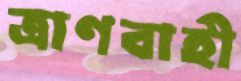
ত্রাণবাহী